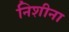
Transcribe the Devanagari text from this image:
निशीना